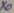
Text: x0